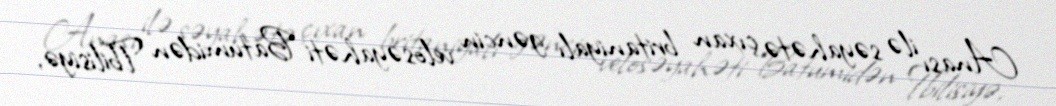
Anası ilə səyahətə çıxan britaniyalı gəncin velosəyahəti Batumidən Tbilisiyə,